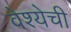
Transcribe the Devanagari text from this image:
वेश्येची